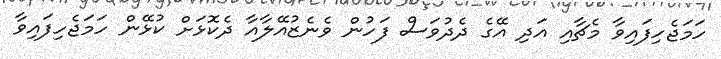
ހަމަޖެހިފައިވާ މެޗާއި އަދި އޭގެ ދެދުވަސް ފަހުން ވެނެޒުއޭލާއާ ދެކޮޅަށް ކުޅޭން ހަމަޖެހިފައިވާ